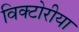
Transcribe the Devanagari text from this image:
विक्टोरीया